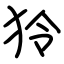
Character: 狑